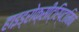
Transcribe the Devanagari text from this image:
हाइड्रोक्सीट्रिप्टामिन